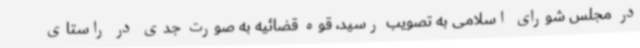
در مجلس شورای اسلامی به تصویب رسید، قوه قضائیه به صورت جدی در راستای